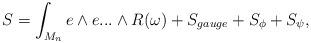
LaTeX: \begin{align*}S=\int_{M_{n}} e\wedge e... \wedge R(\omega)+S_{gauge}+S_{\phi}+S_{\psi},\end{align*}